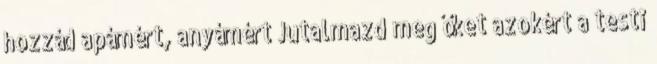
hozzád apámért, anyámért Jutalmazd meg őket azokért a testi